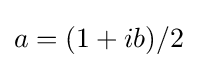
a=(1+ib)/2